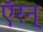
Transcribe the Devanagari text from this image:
ऍरन्